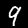
Label: 9